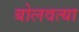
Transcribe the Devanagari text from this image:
बोलवत्या